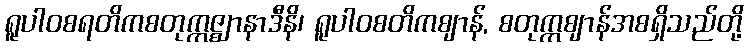
ရူပါဝစရတိကစတုက္ကဇ္ဈာနာဒီနိ၊ ရူပါဝစတိကဈာန်, စတုက္ကဈာန်အစရှိသည်တို့